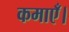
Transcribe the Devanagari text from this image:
कमाएँ।